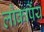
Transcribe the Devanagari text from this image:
लोकर्पिय